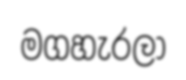
මගහැරලා